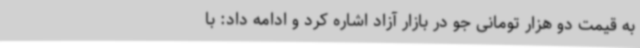
به قیمت دو هزار تومانی جو در بازار آزاد اشاره کرد و ادامه داد: با